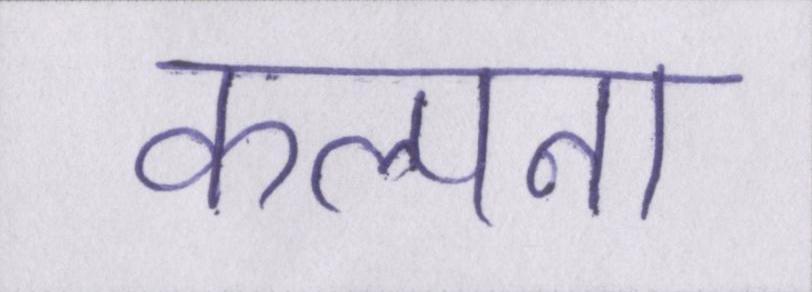
कल्पना